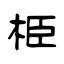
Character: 栕